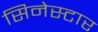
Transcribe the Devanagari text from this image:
सिनेस्टार